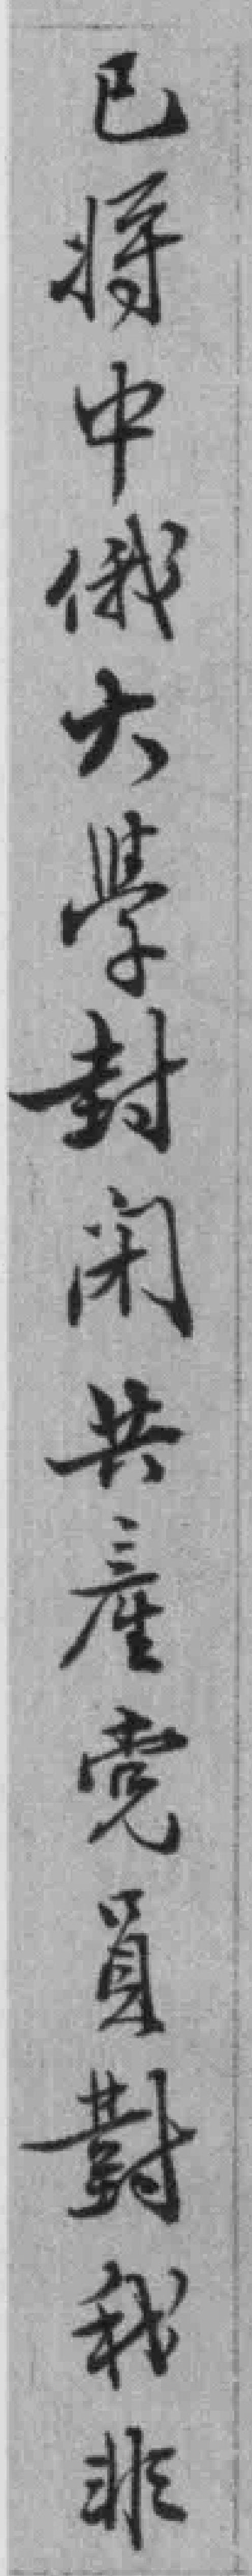
已将中俄大學封闭共產党員對我非